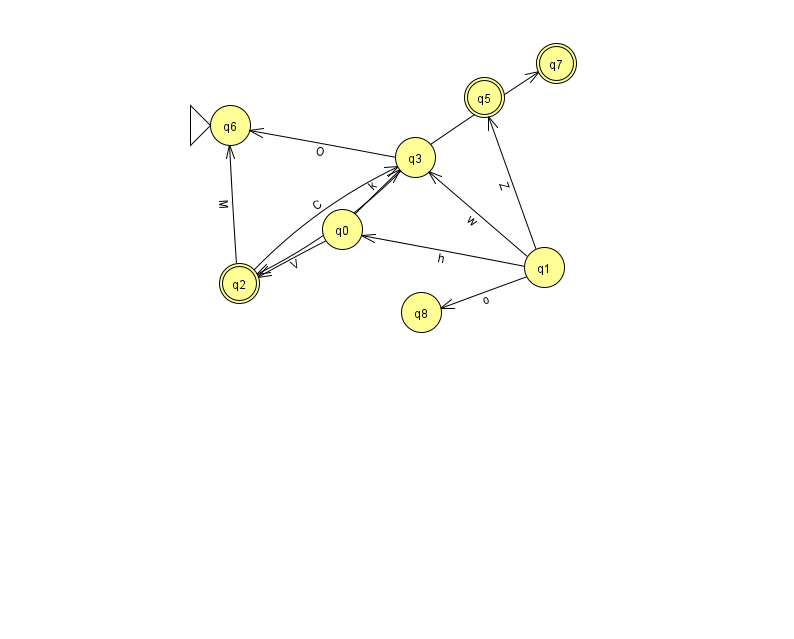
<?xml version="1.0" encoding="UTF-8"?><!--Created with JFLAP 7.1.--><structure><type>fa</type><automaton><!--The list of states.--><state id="0" name="q0"><x>342.0</x><y>216.0</y></state><state id="1" name="q1"><x>544.0</x><y>254.0</y></state><state id="2" name="q2"><x>239.0</x><y>270.0</y><final/></state><state id="3" name="q3"><x>415.0</x><y>144.0</y></state><state id="5" name="q5"><x>484.0</x><y>84.0</y><final/></state><state id="6" name="q6"><x>230.0</x><y>112.0</y><initial/></state><state id="7" name="q7"><x>556.0</x><y>50.0</y><final/></state><state id="8" name="q8"><x>421.0</x><y>299.0</y></state><!--The list of transitions.--><transition><from>2</from><to>6</to><read>M</read></transition><transition><from>0</from><to>3</to><read>k</read></transition><transition><from>3</from><to>6</to><read>O</read></transition><transition><from>2</from><to>3</to><read>C</read></transition><transition><from>1</from><to>3</to><read>w</read></transition><transition><from>1</from><to>8</to><read>o</read></transition><transition><from>0</from><to>2</to><read>V</read></transition><transition><from>1</from><to>5</to><read>Z</read></transition><transition><from>3</from><to>2</to><read>m</read></transition><transition><from>3</from><to>7</to><read>G</read></transition><transition><from>1</from><to>0</to><read>h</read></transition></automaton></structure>